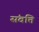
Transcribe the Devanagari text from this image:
संवत्ति